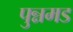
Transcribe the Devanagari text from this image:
पुन्नमड